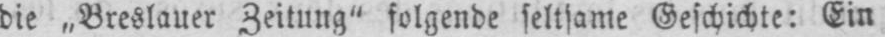
die „Breslauer Zeitung” folgende seltsame Geschichte: Ein